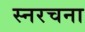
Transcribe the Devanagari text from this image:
स्नरचना